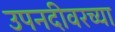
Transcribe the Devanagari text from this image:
उपनदीवरच्या